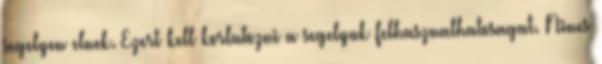
segelyen elnek. Ezert kell korlatozni a segelyuk felhasznalhatosagat. Nincs